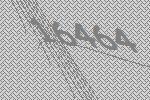
16464